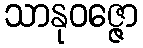
သာနုဝဇ္ဇော